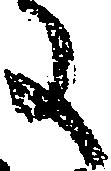
に